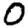
Digit: 0